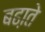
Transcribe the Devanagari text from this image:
बढा़ते